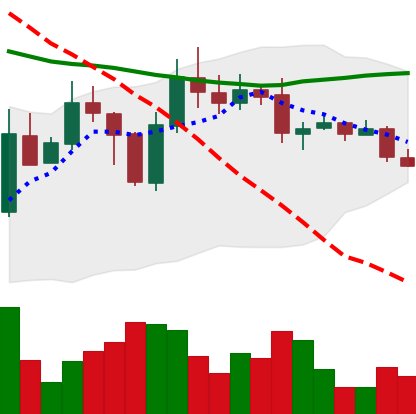
Ticker: BTC-USD
Chart end date: 2015-05-19
Forward return: 3.883%
Label: up_3_5